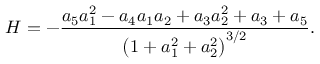
H = - \frac { a _ { 5 } a _ { 1 } ^ { 2 } - a _ { 4 } a _ { 1 } a _ { 2 } + a _ { 3 } a _ { 2 } ^ { 2 } + a _ { 3 } + a _ { 5 } } { \left( 1 + a _ { 1 } ^ { 2 } + a _ { 2 } ^ { 2 } \right) ^ { 3 / 2 } } .